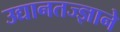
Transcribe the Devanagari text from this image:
उद्यानतज्ज्ञाने